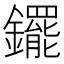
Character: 䥯